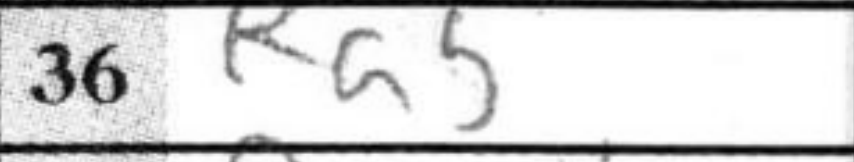
Transcription: Ra5